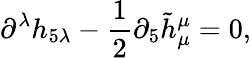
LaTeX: \partial^{\lambda}h_{5\lambda}-\frac{1}{2}\partial_{5}\tilde{h}_{\mu}^{\mu}=0,